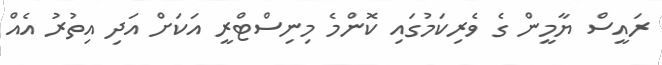
ރައީސް ޔާމީން ގެ ވެރިކަމުގައި ކޮންމެ މިނިސްޓްރީ އަކަށް އަދި އިތުރު އެއް